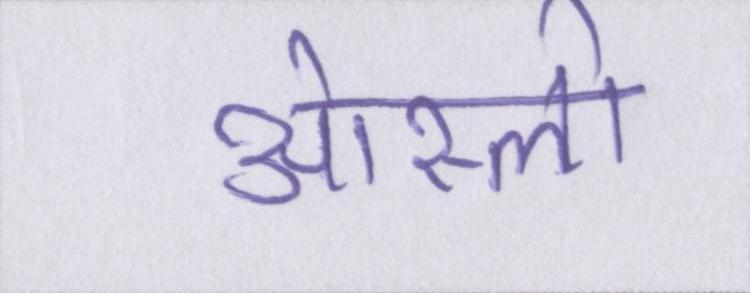
ओस्लो